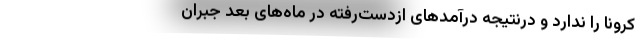
کرونا را ندارد و درنتیجه درآمدهای ازدست‌رفته در ماه‌های بعد جبران